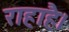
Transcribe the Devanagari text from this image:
राहाहै।